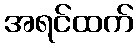
အရင်ထက်